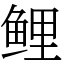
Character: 鲤